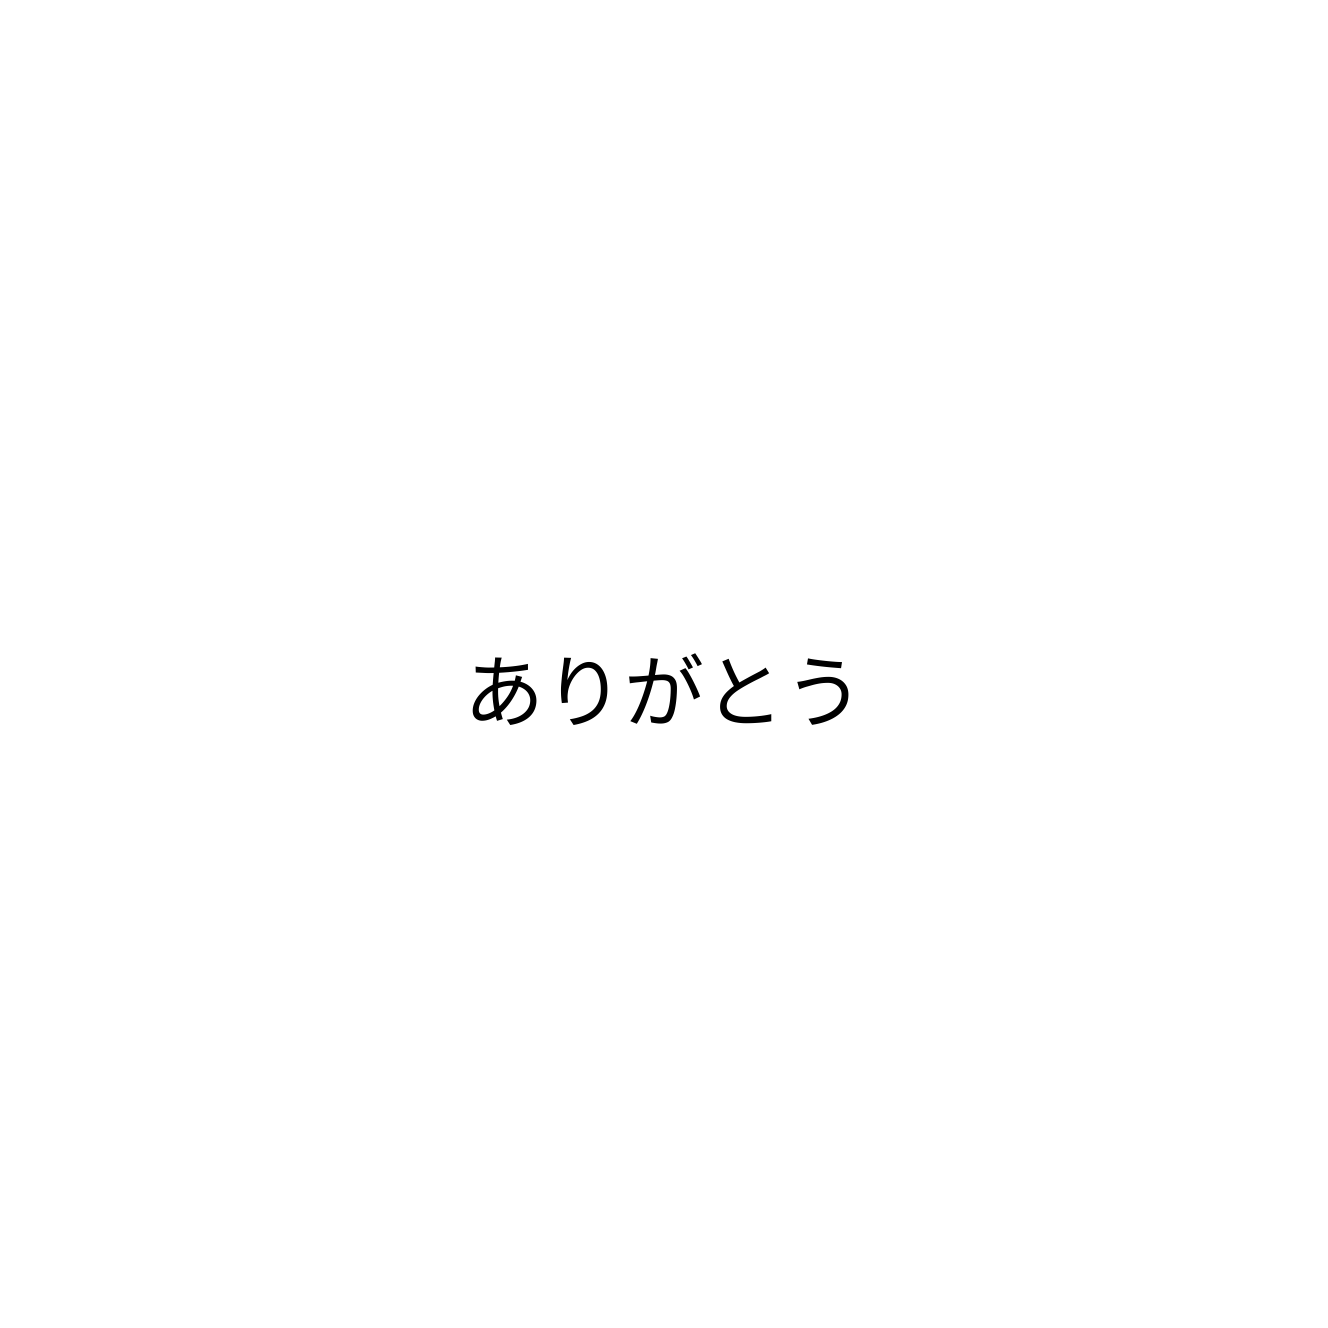
ありがとう